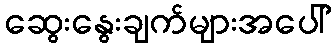
ဆွေးနွေးချက်များအပေါ်